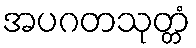
အပဂတသုတ္တံ